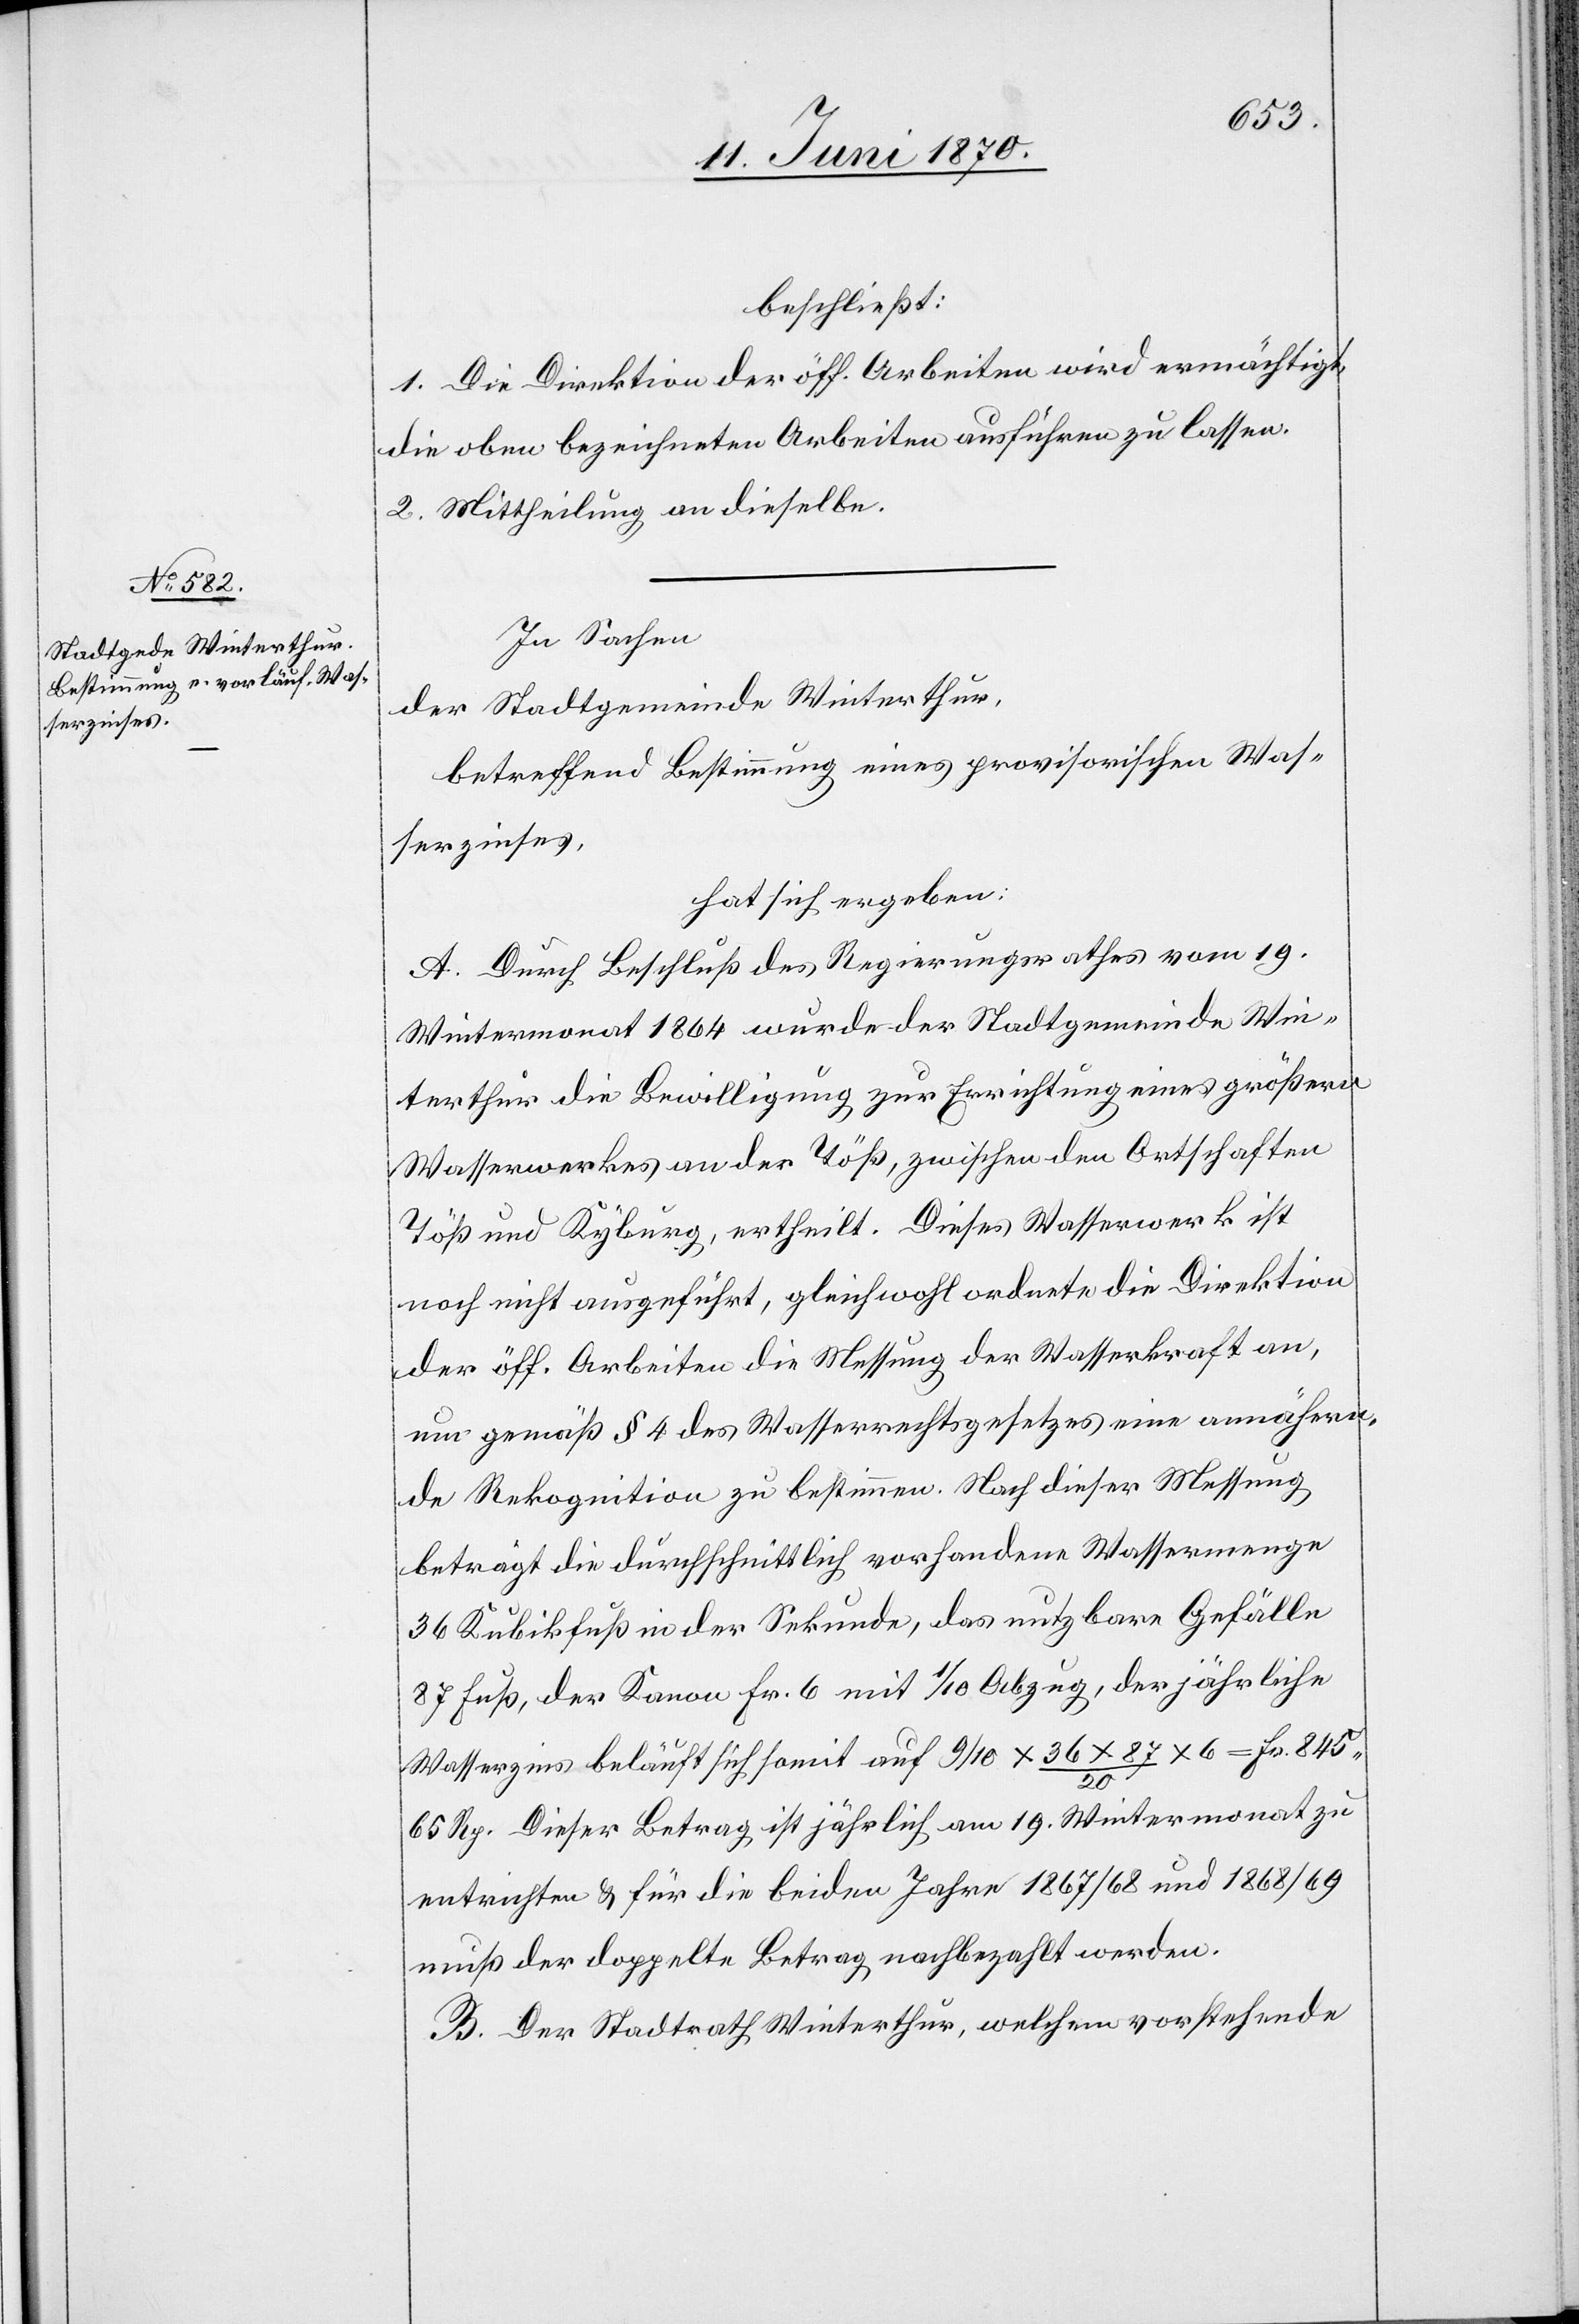
beschließt:
1. Die Direktion der öff. Arbeiten wird ermächtigt,
die oben bezeichneten Arbeiten ausführen zu lassen.
2. Mittheilung an dieselbe.
In Sachen
der Stadtgemeinde Winterthur,
betreffend Bestimmung eines provisorischen Was¬
serzinses,
hat sich ergeben:
A. Durch Beschluß des Regierungsrathes vom 19.
Wintermonat 1864 wurde der Stadtgemeinde Win¬
terthur die Bewilligung zur Errichtung eines größern
Wasserwerkes an der Töß, zwischen den Ortschaften
Töß und Kyburg, ertheilt. Dieses Wasserwerk ist
noch nicht ausgeführt, gleichwohl ordnete die Direktion
der öff. Arbeiten die Messung der Wasserkraft an,
um gemäß § 4 des Wasserrechtsgesetzes eine annähern¬
de Rekognition zu bestimmen. Nach dieser Messung
beträgt die durchschnittlich vorhandene Wassermenge
36 Kubikfuß in der Sekunde, das nutzbare Gefälle
87 Fuß, der Kanon Fr. 6 mit 1/10 Abzug, der jährliche
Wasserzins beläuft sich somit auf 9/10 x 36 x 87/20 x 6 = Fr. 845.
65 Rp. Dieser Betrag ist jährlich am 19. Wintermonat zu
entrichten & für die beiden Jahre 1867/68 und 1868/69
muß der doppelte Betrag nachbezahlt werden.
B. Der Stadtrath Winterthur, welchem vorstehende